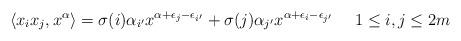
LaTeX: \begin{align*}\langle x_ix_j,x^\alpha\rangle=\sigma(i)\alpha_{i'}x^{\alpha+\epsilon_j-\epsilon_{i'}}+\sigma(j)\alpha_{j'}x^{\alpha+\epsilon_i-\epsilon_{j'}}\ \ \ \ 1\leq i,j\leq 2m \end{align*}